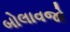
બોલાવજો